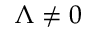
\Lambda \neq 0